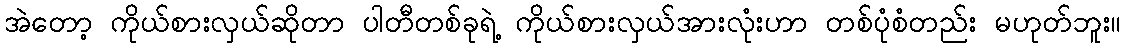
အဲတော့ ကိုယ်စားလှယ်ဆိုတာ ပါတီတစ်ခုရဲ့ ကိုယ်စားလှယ်အားလုံးဟာ တစ်ပုံစံတည်း မဟုတ်ဘူး။